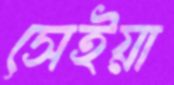
সেইয়া